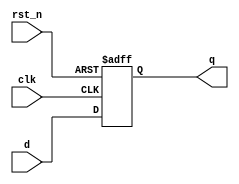
module d_flip_flop (
    input wire clk,       // Clock input
    input wire rst_n,     // Active low reset
    input wire d,        // Data input
    output reg q         // Data output
);

// Initial state
initial begin
    q = 1'b0; // Initialize output to 0
end

// Behavioral block sensitive to the negative edge of clk
always @(negedge clk or negedge rst_n) begin
    if (!rst_n) begin
        // Asynchronous reset
        q <= 1'b0; // Reset output to 0
    end else begin
        // Capture data on the falling edge of clk
        q <= d; // Update output with input data
    end
end

endmodule